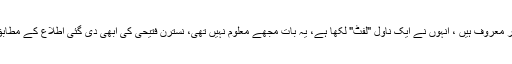
نسترن فتیحی افسانہ نگار کے طور پر معروف ہیں ، انہوں نے ایک ناول "لفٹ" لکھا ہے، یہ بات مجھے معلوم نہیں تھی، نسترن فتیحی کی ابھی دی گئی اطلاع کے مطابق ان کا یہ ناول 2003 میں شائع ہوا۔